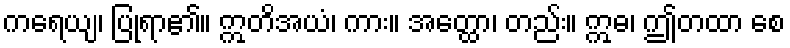
ကရေယျ၊ ပြုရာ၏။ ဣတိအယံ၊ ကား။ အတ္ထော၊ တည်း။ ဣဓ၊ ဤတထာ စေ